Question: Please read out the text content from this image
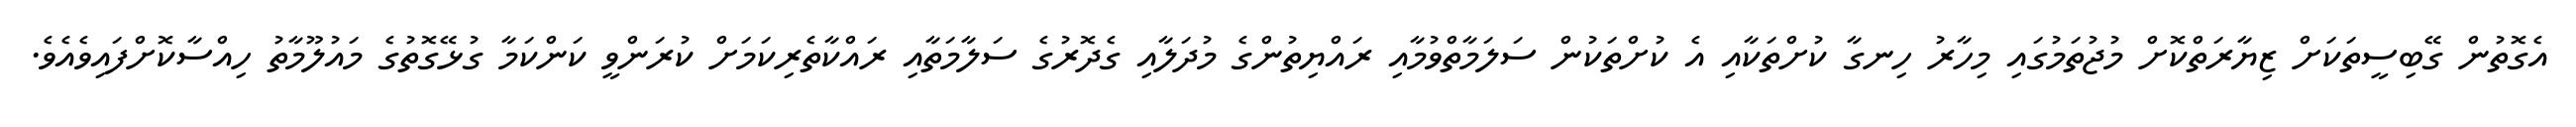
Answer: އެގޮތުން ގޭބިސީތަކަށް ޒިޔާރަތްކޮށް މުޖުތަމުގައި މިހާރު ހިނގާ ކުށްތަކާއި އެ ކުށްތަކުން ސަލަމާތްވުމާއި ރައްޔިތުންގެ މުދަލާއި ގެދޮރުގެ ސަލާމަތާއި ރައްކާތެރިކަމަށް ކުރަންވީ ކަންކަމާ ގުޅޭގޮތުގެ މައުލޫމާތު ހިއްސާކޮށްފައިވެއެވެ.